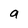
Character: a